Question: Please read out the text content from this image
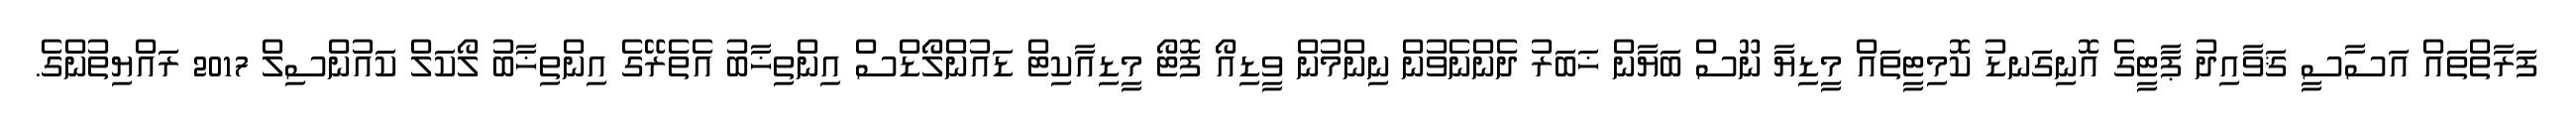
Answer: ފަރާތްތައް އަސާސީ ޤަވާއިދު ޕާޓީގެ އޮނިގަނޑު ކޮމިޓީތައް މީޑިޔާ ނޫސް ބަޔާން ޚަބަރު ދެންނެވުން ނިންމުން ވީޑިއޯ ފޮޓޯ މީޑިއާކިޓް ޑައުންލޯޑްސް އިންތިޚާބު އެތެރޭގެ އިންތިޚާބު ލޯކަލް ކައުންސިލް 2017 ރައްޔިތުންގެ.